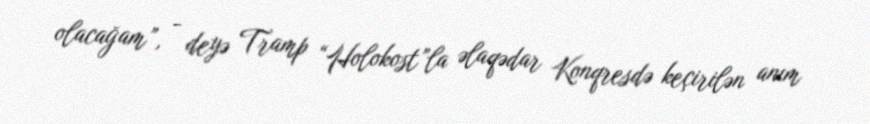
olacağam”, - deyə Tramp “Holokost”la əlaqədar Konqresdə keçirilən anım